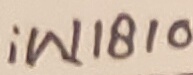
Text: iW1810